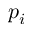
p _ { i }